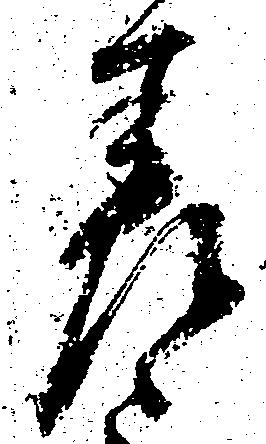
差